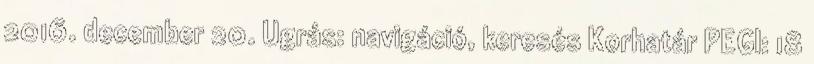
2016. december 20. Ugrás: navigáció, keresés Korhatár PEGI: 18